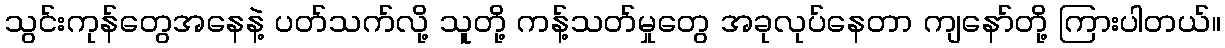
သွင်းကုန်တွေအနေနဲ့ ပတ်သက်လို့ သူတို့ ကန့်သတ်မှုတွေ အခုလုပ်နေတာ ကျနော်တို့ ကြားပါတယ်။